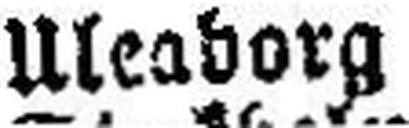
Uleaborg